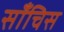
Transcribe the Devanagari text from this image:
साँचिस